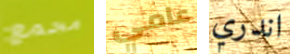
مجمع عامي اندري